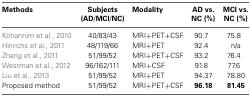
| Methods | Subjects (AD/MCI/NC) | Modality | AD vs. NC (%) | MCI vs. NC (%) |
 | --- | --- | --- | --- | --- |
 | Kohannim et al., 2010 | 40/83/43 | MRI+PET+CSF | 90.7 | 75.8 |
 | Hinrichs et al., 2011 | 48/119/66 | MRI+PET | 92.4 | n/a |
 | Zhang et al., 2011 | 51/99/52 | MRI+PET+CSF | 93.2 | 76.4 |
 | Westman et al., 2012 | 96/162/111 | MRI+CSF | 91.8 | 77.6 |
 | Liu et al., 2013 | 51/99/52 | MRI+PET | 94.37 | 78.80 |
 | Proposed method | 51/99/52 | MRI+PET+CSF | 96.18 | 81.45 |